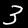
Digit: 3